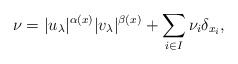
\begin{align*} \nu= |u_{\lambda}|^{\alpha(x)}|v_{\lambda}|^{\beta(x)}+ \sum_{i \in I}\nu_{i}\delta_{x_i},\end{align*}